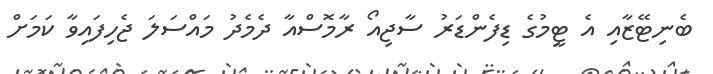
ބެނިޓޭޒާއި އެ ޓީމުގެ ޑިފެންޑަރު ސާޖިއޯ ރާމޮސްއާ ދެމެދު މައްސަަލަ ޖެހިފައިވާ ކަމަށް